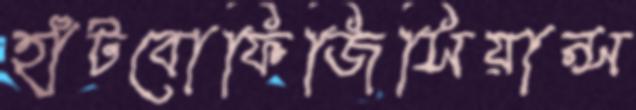
হাঁটবোফিজিসিয়ান্স